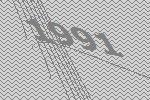
1991